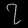
Digit: ၇